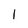
Character: 1